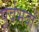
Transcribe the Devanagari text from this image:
पूर्वभवों